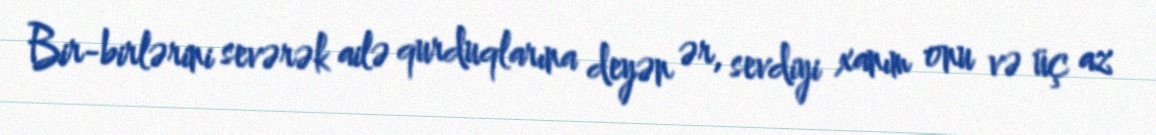
Bir-birlərini sevərək ailə qurduqlarına deyən ər, sevdiyi xanım onu və üç az